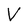
Character: V